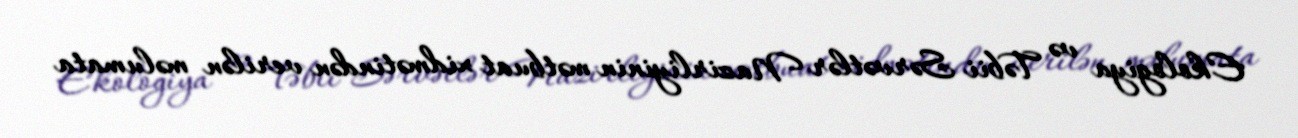
Ekologiya və Təbii Sərvətlər Nazirliyinin mətbuat xidmətindən verilən məlumata